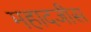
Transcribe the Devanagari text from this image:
महादजीस